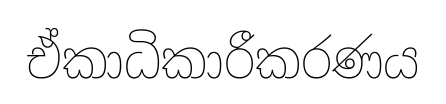
ඒකාධිකාරීකරණය